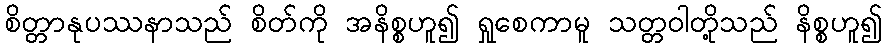
စိတ္တာနုပဿနာသည် စိတ်ကို အနိစ္စဟူ၍ ရှုစေကာမူ သတ္တဝါတို့သည် နိစ္စဟူ၍